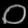
Digit: ၀